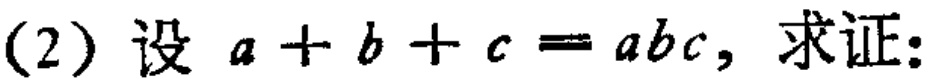
(2) 设 \(a + b + c = abc\)，求证: